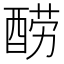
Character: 𰼋